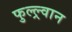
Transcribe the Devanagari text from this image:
फुल्ल्र्वान